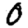
Digit: 0